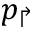
p _ { \Rsh }